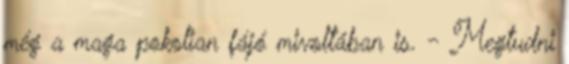
még a maga pokolian fájó mivoltában is. - Megtudni